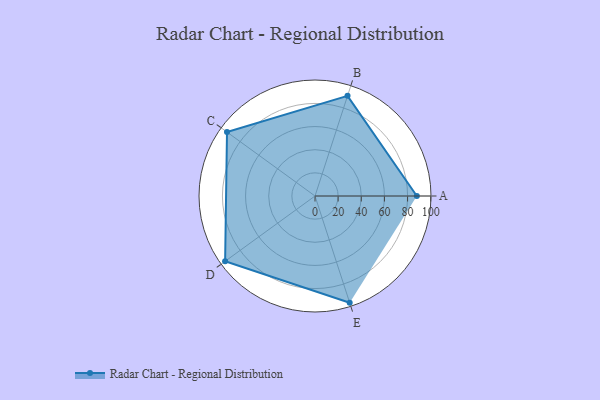
{"axis": {"x": "Skill", "y": "Score"}, "legend": ["Profile"], "data": [{"x": "A", "y": 88.0, "type": "Profile"}, {"x": "B", "y": 91.0, "type": "Profile"}, {"x": "C", "y": 94.0, "type": "Profile"}, {"x": "D", "y": 96.0, "type": "Profile"}, {"x": "E", "y": 97.0, "type": "Profile"}]}